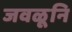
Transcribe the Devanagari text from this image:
जवळूनि